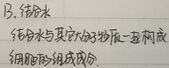
结合水与其他物质分子一起构成